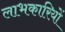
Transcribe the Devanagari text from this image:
लाभकारियों